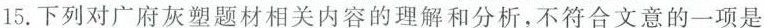
15.下列对广府灰塑题材相关内容的理解和分析，不符合文意的一项是